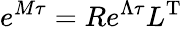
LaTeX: e^{M\tau}=Re^{\Lambda\tau}L^{\mathrm{T}}